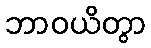
ဘာဝယိတွာ